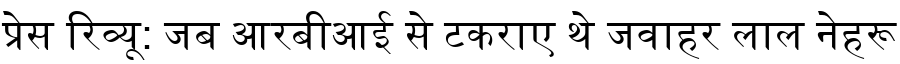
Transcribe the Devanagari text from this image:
प्रेस रिव्यू: जब आरबीआई से टकराए थे जवाहर लाल नेहरू